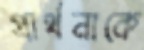
প্রার্থনাকে